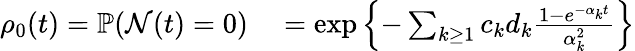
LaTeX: \begin{array}{rl}{\rho_{0}(t)=\mathbb{P}(\mathcal{N}(t)=0)}&{{}=\exp\left\{ -\sum_{k\geq 1}c_{k}d_{k}\frac{1-e^{-\alpha_{k}t}}{\alpha_{k}^{2}}\right\} }\end{array}